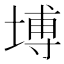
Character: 㙛